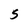
Character: S